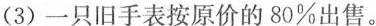
(3)一只旧手表按原价的80%出售。